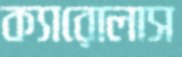
ক্যারোলাস